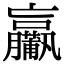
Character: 𤰑